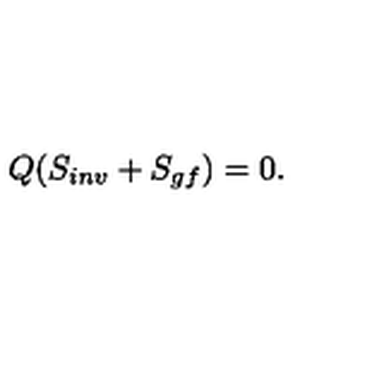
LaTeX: Q ( S _ { i n v } + S _ { g f } ) = 0 .